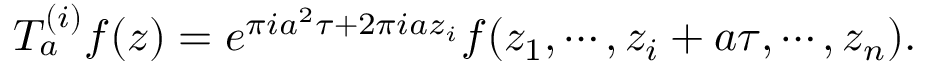
T _ { a } ^ { ( i ) } f ( z ) = e ^ { \pi i a ^ { 2 } \tau + 2 \pi i a z _ { i } } f ( z _ { 1 } , \cdots , z _ { i } + a \tau , \cdots , z _ { n } ) .